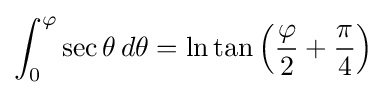
\int _{0}^{\varphi }\sec \theta \,d\theta =\ln \tan \left({\frac {\varphi }{2}}+{\frac {\pi }{4}}\right)